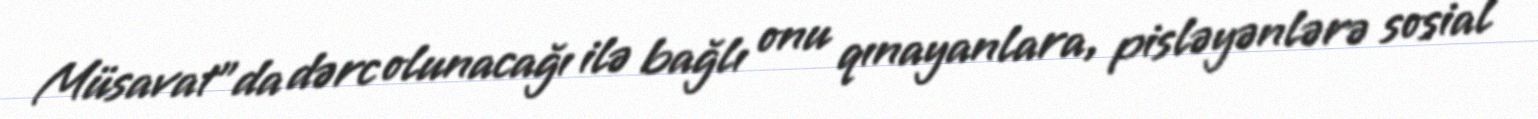
Müsavat"da dərc olunacağı ilə bağlı onu qınayanlara, pisləyənlərə sosial